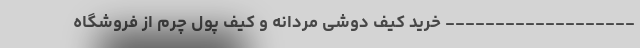
------------------- خرید کیف دوشی مردانه و کیف پول چرم از فروشگاه